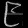
Digit: ၉